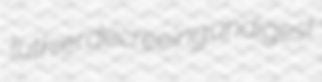
luthier decreeing undigest